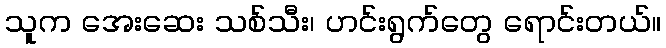
သူက အေးဆေး သစ်သီး၊ ဟင်းရွက်တွေ ရောင်းတယ်။